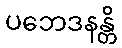
ပဘေဒနန္တိ